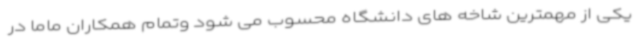
یکی از مهمترین شاخه های دانشگاه محسوب می شود وتمام همکاران ماما در